Tartu_pedagoogiumi_aruanded, lk 19
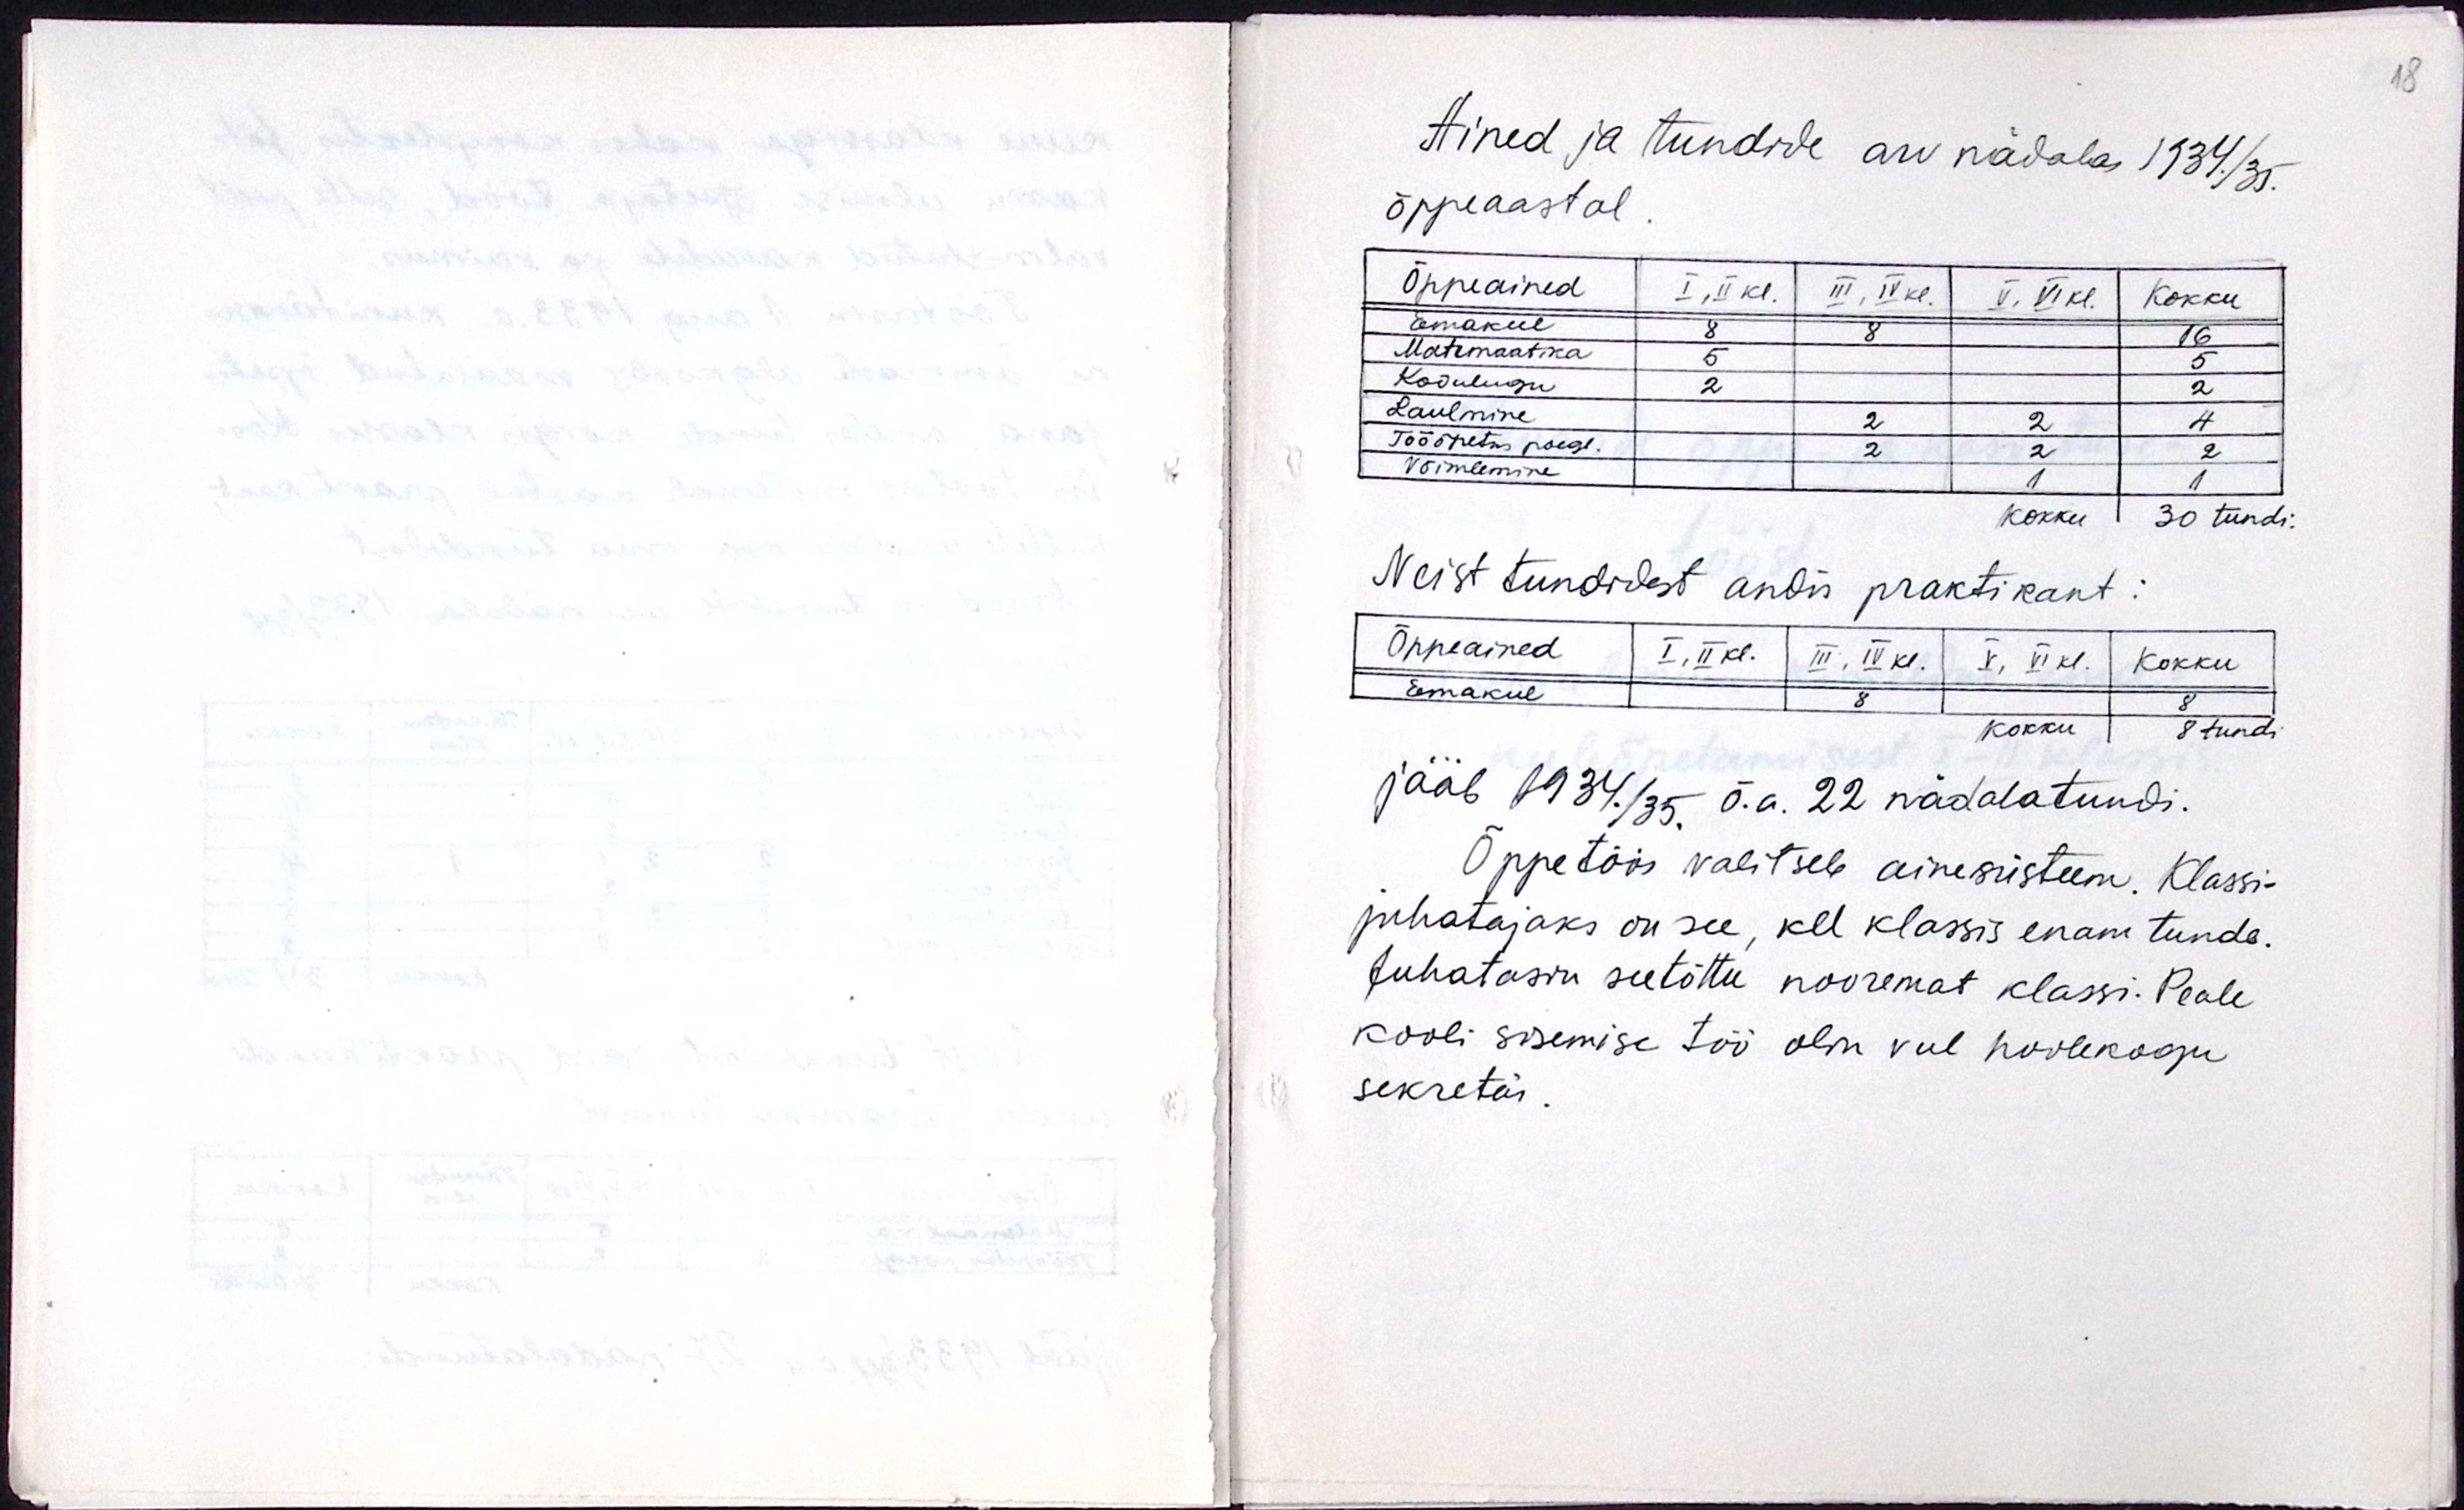
Ained ja tundide arv nädalas 1934./35.
õppeaastal.
Neist tundidest andis praktikant
jääb 1934./35, õ.a 22 nädala tundi.
Õppetöös valitseb ainesüsteem. Klassi-
juhatajaks on see, kel klassis enam tunde.
Juhatasin seetõttu nooremat klassi. Peale
kooli sisemise töö olin veel hoolekogu
sekretär.